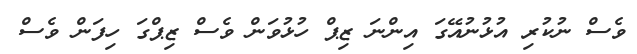
ވެސް ނުކުރި އުޅުނުއޭގަ އިންނަ ޒިޕް ހުޅުވަން ވެސް ޒިޕްގަ ހިފަން ވެސް